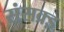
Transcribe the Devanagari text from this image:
संसक्र्ड